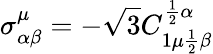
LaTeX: \sigma_{\alpha\beta}^{\mu}=-\sqrt{3}C_{1\mu{\frac{1}{2}}\beta}^{{\frac{1}{2}}\alpha}